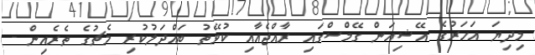
މިދިޔަ އަހަރުގެ އޭޝިއަން ގޭމްސްގައި ރާއްޖެއާއި ކުވޭތު ބައްދަލުކުރި މެޗުގެ ތެރެއިން -